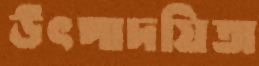
উৎপাদয়িতা